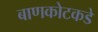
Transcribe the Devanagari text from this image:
बाणकोटकडे